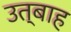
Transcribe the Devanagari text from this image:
उत्बाह